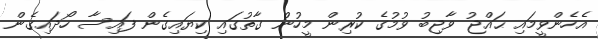
އެހެންވީމައި ޙައްޖު ވާޖިބު ވުމުގެ ކުރިން މީހުން ގާތުގައި ކިޔައިގެން ފައިސާ ހޯދައިގެން